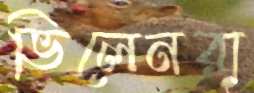
ভিলেনরা